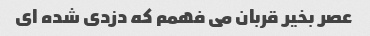
عصر بخیر قربان می فهمم که دزدی شده ای